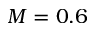
M = 0 . 6